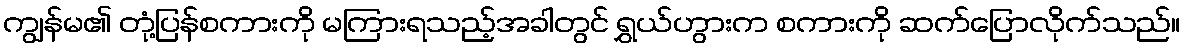
ကျွန်မ၏ တုံ့ပြန်စကားကို မကြားရသည့်အခါတွင် ရွှယ်ဟွားက စကားကို ဆက်ပြောလိုက်သည်။